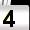
Digit: 4